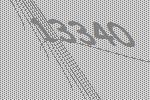
13340